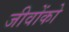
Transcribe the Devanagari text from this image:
जीवोंको